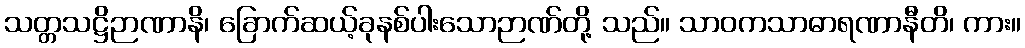
သတ္တသဋ္ဌိဉာဏာနိ၊ ခြောက်ဆယ့်ခုနစ်ပါးသောဉာဏ်တို့ သည်။ သာဝကသာဓာရဏာနီတိ၊ ကား။